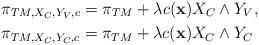
LaTeX: \begin{align*}& \pi_{TM,X_{C},Y_{V},c}=\pi_{TM}+\lambda c({\bf x})X_{C}\wedge Y_{V},\\& \pi_{TM,X_{C},Y_{C},c}=\pi_{TM}+\lambda c({\bf x})X_{C}\wedge Y_{C}\end{align*}